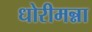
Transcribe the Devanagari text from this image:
धोरीमन्ना